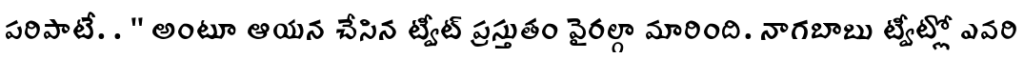
పరిపాటే. . " అంటూ ఆయన చేసిన ట్వీట్ ప్రస్తుతం వైరల్గా మారింది. నాగబాబు ట్వీట్లో ఎవరి